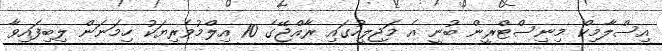
އިސްލާމިކް މިނިސްޓްރީން ބުނީ އެ މަޖިލީހުގައި ރާއްޖޭގެ 10 އިލްމުވެރިޔަކު ހިމަނަން ލިބިފައިވާ